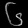
Digit: ၆